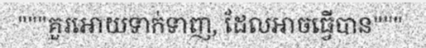
"""គួរអោយទាក់ទាញ, ដែលអាចធ្វើបាន"""